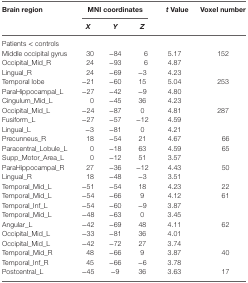
| <ROWSPAN=2> Brain region | <COLSPAN=3> MNI coordinates | <ROWSPAN=2> t Value | <ROWSPAN=2> Voxel number |
 | X | Y | Z |
 | --- | --- | --- | --- | --- | --- |
 | <COLSPAN=6> Patients < controls |
 | Middle occipital gyrus | 30 | −84 | 6 | 5.17 | 152 |
 | Occipital_Mid_R | 24 | −93 | 6 | 4.87 |  |
 | Lingual_R | 24 | −69 | −3 | 4.23 |  |
 | Temporal lobe | −21 | −60 | 15 | 5.04 | 253 |
 | ParaHippocampal_L | −27 | −42 | −9 | 4.80 |  |
 | Cingulum_Mid_L | 0 | −45 | 36 | 4.23 |  |
 | Occipital_Mid_L | −24 | −87 | 0 | 4.81 | 287 |
 | Fusiform_L | −27 | −57 | −12 | 4.59 |  |
 | Lingual_L | −3 | −81 | 0 | 4.21 |  |
 | Precunneus_R | 18 | −54 | 21 | 4.67 | 66 |
 | Paracentral_Lobule_L | 0 | −18 | 63 | 4.59 | 65 |
 | Supp_Motor_Area_L | 0 | −12 | 51 | 3.57 |  |
 | ParaHippocampal_R | 27 | −36 | −12 | 4.43 | 50 |
 | Lingual_R | 18 | −48 | −3 | 3.51 |  |
 | Temporal_Mid_L | −51 | −54 | 18 | 4.23 | 22 |
 | Temporal_Mid_L | −54 | −66 | 9 | 4.12 | 61 |
 | Temporal_Inf_L | −54 | −60 | −9 | 3.87 |  |
 | Temporal_Mid_L | −48 | −63 | 0 | 3.45 |  |
 | Angular_L | −42 | −69 | 48 | 4.11 | 62 |
 | Occipital_Mid_L | −33 | −81 | 36 | 4.01 |  |
 | Occipital_Mid_L | −42 | −72 | 27 | 3.74 |  |
 | Temporal_Mid_R | 48 | −66 | 9 | 3.87 | 40 |
 | Temporal_Inf_R | 45 | −66 | −6 | 3.78 |  |
 | Postcentral_L | −45 | −9 | 36 | 3.63 | 17 |